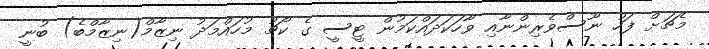
މެޗަށް ފަހު ނޫސްވެރިންނާއި ވާހަކަދައްކަމުން ޓީސީ ގެ ކޯޗު މުހައްމަދު ނިޒާމް(ނިޒާމްބެ) ބުނީ